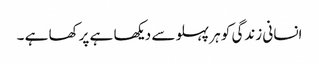
انسانی زندگی کو ہر پہلو سے دیکھا ہے پرکھا ہے ۔